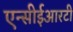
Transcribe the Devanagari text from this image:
एन्सीईआरटी